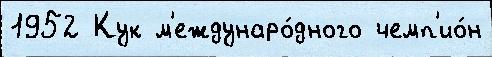
1952 Кук м'еждунаро́дного чемп'ио́н